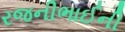
રજનીભાઈની